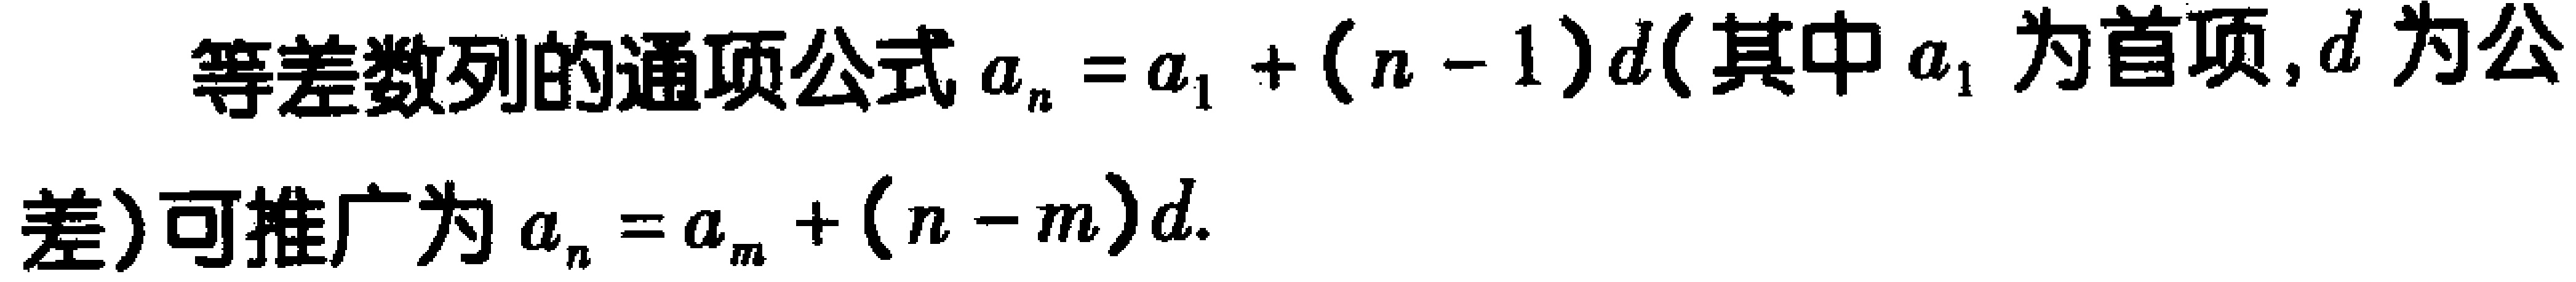
等差数列的通项公式\(a_{n}=a_{1}+(n - 1)d\)(其中\(a_{1}\)为首项,\(d\)为公差)可推广为\(a_{n}=a_{m}+(n - m)d\).